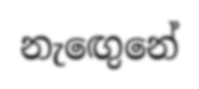
නැඟෙුනේ